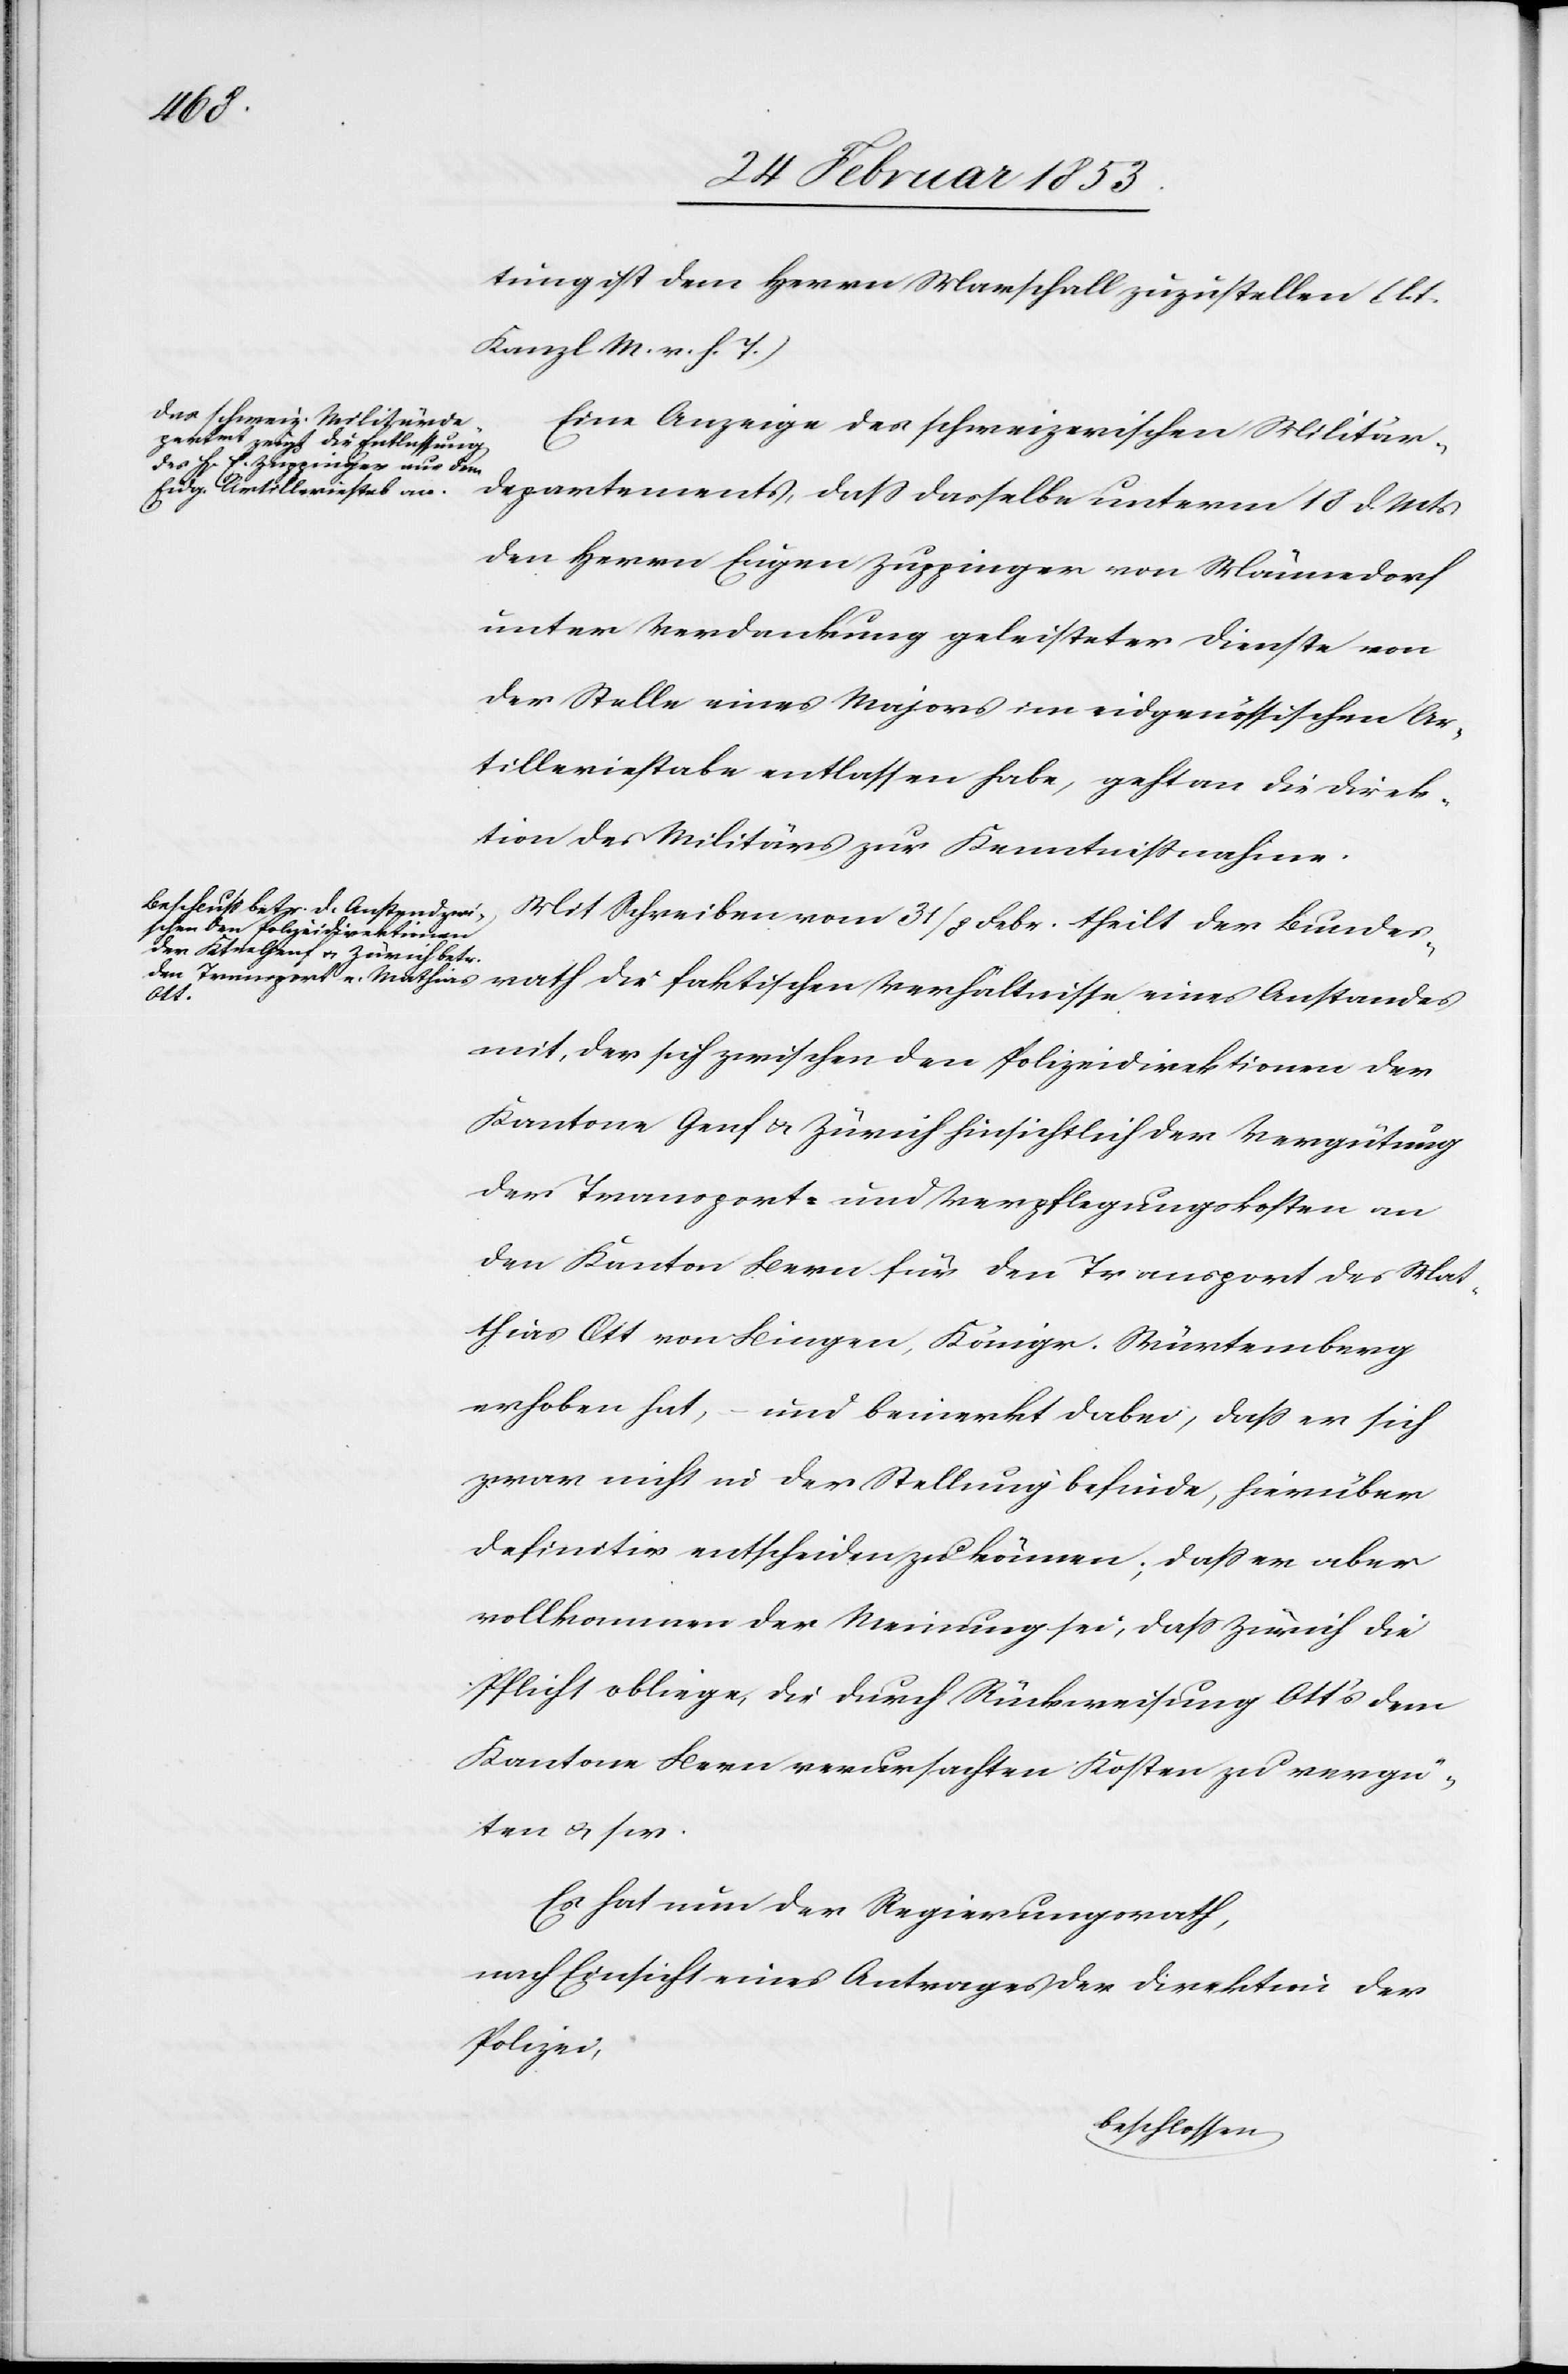
tung ist dem Herrn Marschall zuzustellen. [lt.
Kanzl M. v. h. T.]
Eine Anzeige des schweizerischen Militär¬
departements, daß dasselbe unterm 18 d. Mts.
den Herrn Eugen Zuppinger von Männedorf
unter Verdankung geleisteter Dienste von
der Stelle eines Majors im eidgenössischen Ar¬
tilleriestabe entlassen habe, geht an die Direk¬
tion des Militärs zur Kenntnißnahme.
der Bundesrath die faktischen Verhältnisse eines Anstandes
Febr.
mit, der sich zwischen den Polizeidirektionen der
Kantone Genf u. Zürich hinsichtlich der Vergütung
der Transport- und Verpflegungskosten an
den Kanton Bern für den Transport des Mat¬
hias Ott von Bingen, Königr. Würtemberg
erhoben hat, und bemerkt dabei, daß er sich
zwar nicht in der Stellung befinde, hierüber
definitiv entscheiden zu können; daß er aber
vollkommen der Meinung sei, daß Zürich die
Pflicht obliege, die durch Rückweisung Ott’s dem
Kantone Bern verursachten Kosten zu vergü¬
ten u. s. w.
Es hat nun der Regierungsrath,
nach Einsicht eines Antrages der Direktion der
Polizei,